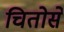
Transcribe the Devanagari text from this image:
चितोसे